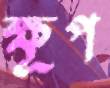
ক্ষূপ